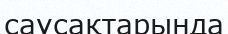
саусақтарында